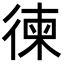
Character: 徚